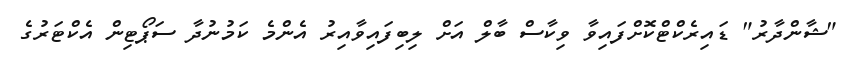
"ޝާންދާރު" ޑައިރެކްޓްކޮށްފައިވާ ވިކާސް ބާލް އަށް ލިބިފައިވާއިރު އެންމެ ކަމުނުދާ ސަޕޯޓިން އެކްޓަރުގެ